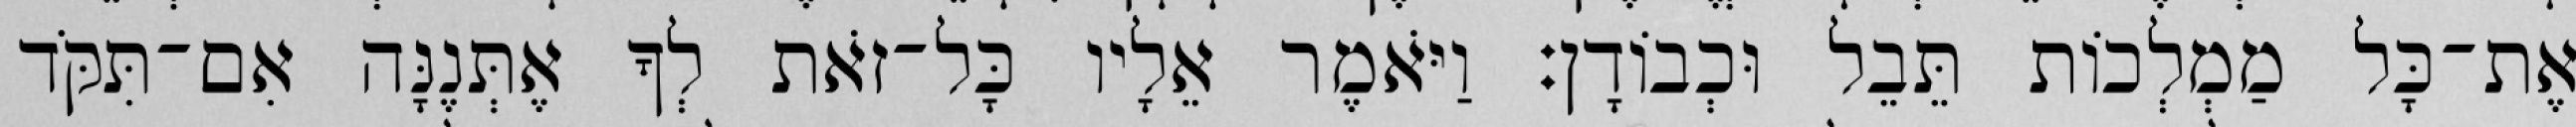
אֶת־כָּל מַמְלְכוֹת תֵּבֵל וּכְבוֹדָן׃ וַיֹּאמֶר אֵלָיו כָּל־זֹאת לְךָ אֶתְּנֶנָּה אִם־תִּקֹּד